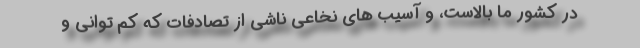
در کشور ما بالاست، و آسیب های نخاعی ناشی از تصادفات که کم توانی و